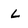
Character: l